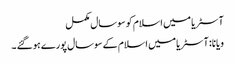
آسٹریا میں اسلام کو سوسال مکمل
ویانا: آسٹریا میں اسلام کے سوسال پورے ہوگئے ۔